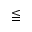
\leqq